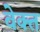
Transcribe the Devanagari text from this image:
वेक्त